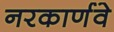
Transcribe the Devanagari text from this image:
नरकार्णवे